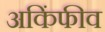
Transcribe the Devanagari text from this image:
अकिंफीव